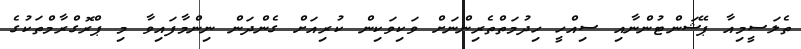
ތެލަސީމިއާ ޕޭޝަންޓުންނާއި ސިއްހީ ހިދުމަތްތެރިންނަށް ވަކިވަކިން ކުރިއަށް ގެންދަން ނިންމާފައިވާ މި ޕްރޮގްރާމްތަކުގެ